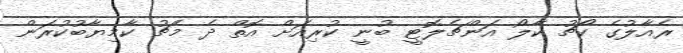
ރެއާލުގެ ކޯޗު ކާލޯ އަންޗެލޮޓީ ބުނީ ކުރިއަށް އޮތް ދެ މެޗު ކާމިޔާބުކުރަން